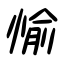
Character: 愉